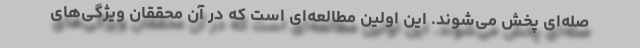
صله‌ای پخش می‌شوند. این اولین مطالعه‌ای است که در آن محققان ویژگی‌های